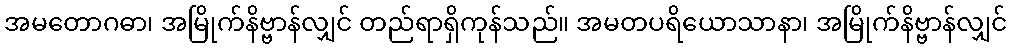
အမတောဂဓာ၊ အမြိုက်နိဗ္ဗာန်လျှင် တည်ရာရှိကုန်သည်။ အမတပရိယောသာနာ၊ အမြိုက်နိဗ္ဗာန်လျှင်